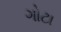
ગોટા